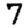
Digit: 7